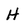
Character: H